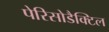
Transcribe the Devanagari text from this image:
पेरिसोडैक्टिल